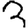
Digit: 3